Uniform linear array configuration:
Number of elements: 12
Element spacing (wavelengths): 0.75
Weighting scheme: uniform
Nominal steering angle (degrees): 60
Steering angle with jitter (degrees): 60.088
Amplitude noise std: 0.05
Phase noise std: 0.05

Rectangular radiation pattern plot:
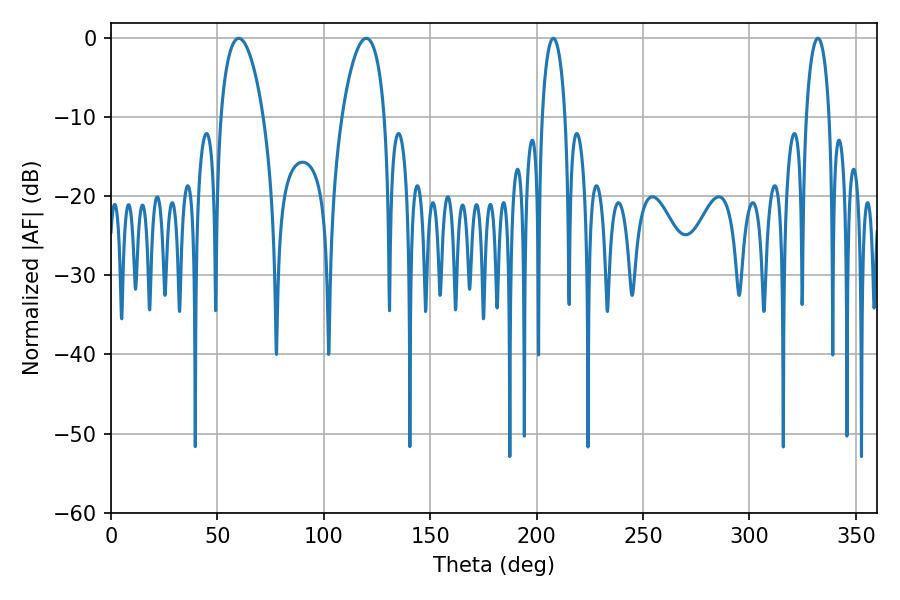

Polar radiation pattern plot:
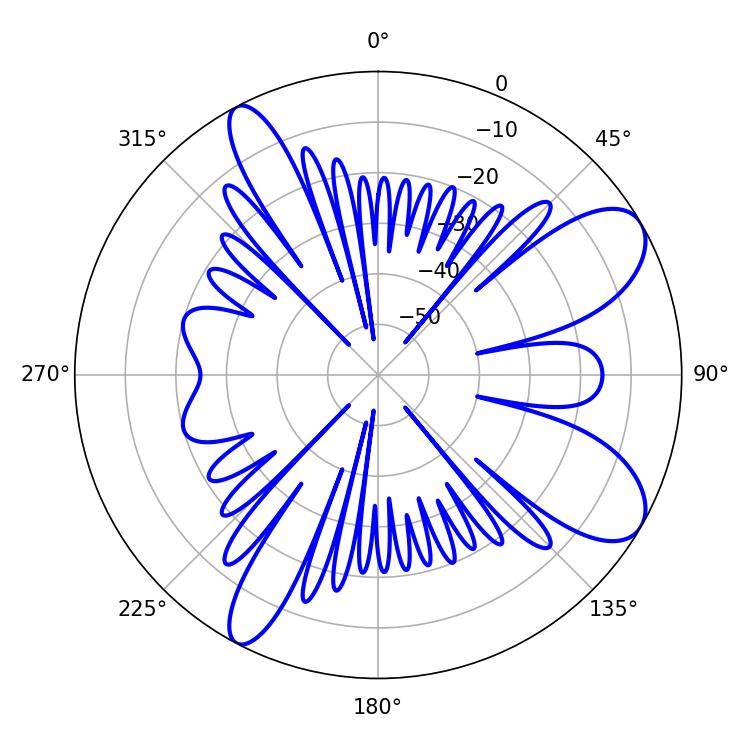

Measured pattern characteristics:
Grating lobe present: TRUE
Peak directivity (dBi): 8.939
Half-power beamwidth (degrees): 11.34
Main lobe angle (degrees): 119.88